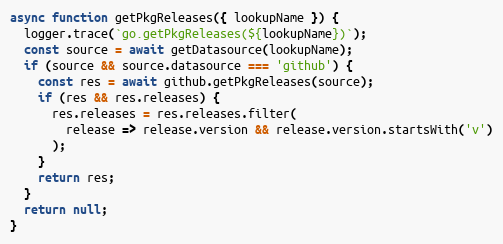
Language: JavaScript
async function getPkgReleases({ lookupName }) {
  logger.trace(`go.getPkgReleases(${lookupName})`);
  const source = await getDatasource(lookupName);
  if (source && source.datasource === 'github') {
    const res = await github.getPkgReleases(source);
    if (res && res.releases) {
      res.releases = res.releases.filter(
        release => release.version && release.version.startsWith('v')
      );
    }
    return res;
  }
  return null;
}